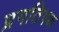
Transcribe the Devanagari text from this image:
प्रगतिपथ